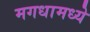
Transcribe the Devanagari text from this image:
मगधामध्ये